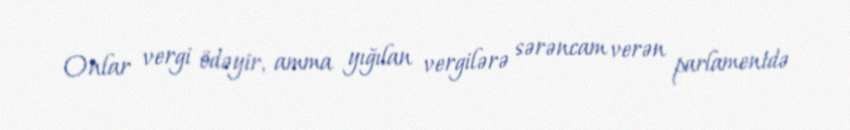
Onlar vergi ödəyir, amma yığılan vergilərə sərəncam verən parlamentdə